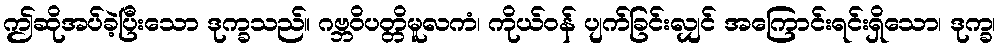
ဤဆိုအပ်ခဲ့ပြီးသော ဒုက္ခသည်။ ဂဗ္ဘဝိပတ္တိမူလကံ၊ ကိုယ်ဝန် ပျက်ခြင်းလျှင် အကြောင်းရင်းရှိသော၊ ဒုက္ခ၊